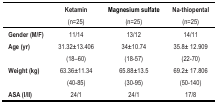
|  | Ketamin(n=25) | Magnesium sulfate(n=25) | Na-thiopental(n=25) |
 | --- | --- | --- | --- |
 | Gender (M/F) | 11/14 | 13/12 | 14/11 |
 | Age (yr) | 31.32±13.406 (18–60) | 34±10.74 (18–57) | 35.8± 12.909 (22–70) |
 | Weight (kg) | 63.36±11.34 (40–85) | 65.88±13.5 (30–95) | 69.2± 17.806 (50–140) |
 | ASA (I/II) | 24/1 | 24/1 | 17/8 |